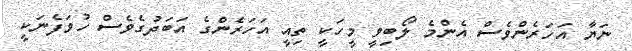
ނަޔާ އަހަރެންވެސް އެންމެ ލޯބިވީ މީހަކީ ތިއީ އަހަރެންގެ އަބަދުގެވެސް ހުވަފެނަކީ